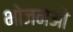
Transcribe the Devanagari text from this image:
भोजनओ